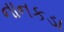
નાનકડા